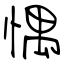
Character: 㥥